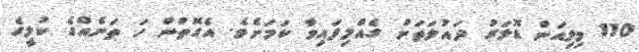
110 މިލިއަން ޑޮލަރު ދައުލަތަށް ގެއްލިފައިވާ ކަމަށެވެ. އެގޮތުން ހަ ތަނެއްގެ ކުލީގެ